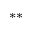
^ { * * }